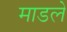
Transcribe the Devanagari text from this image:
माडले